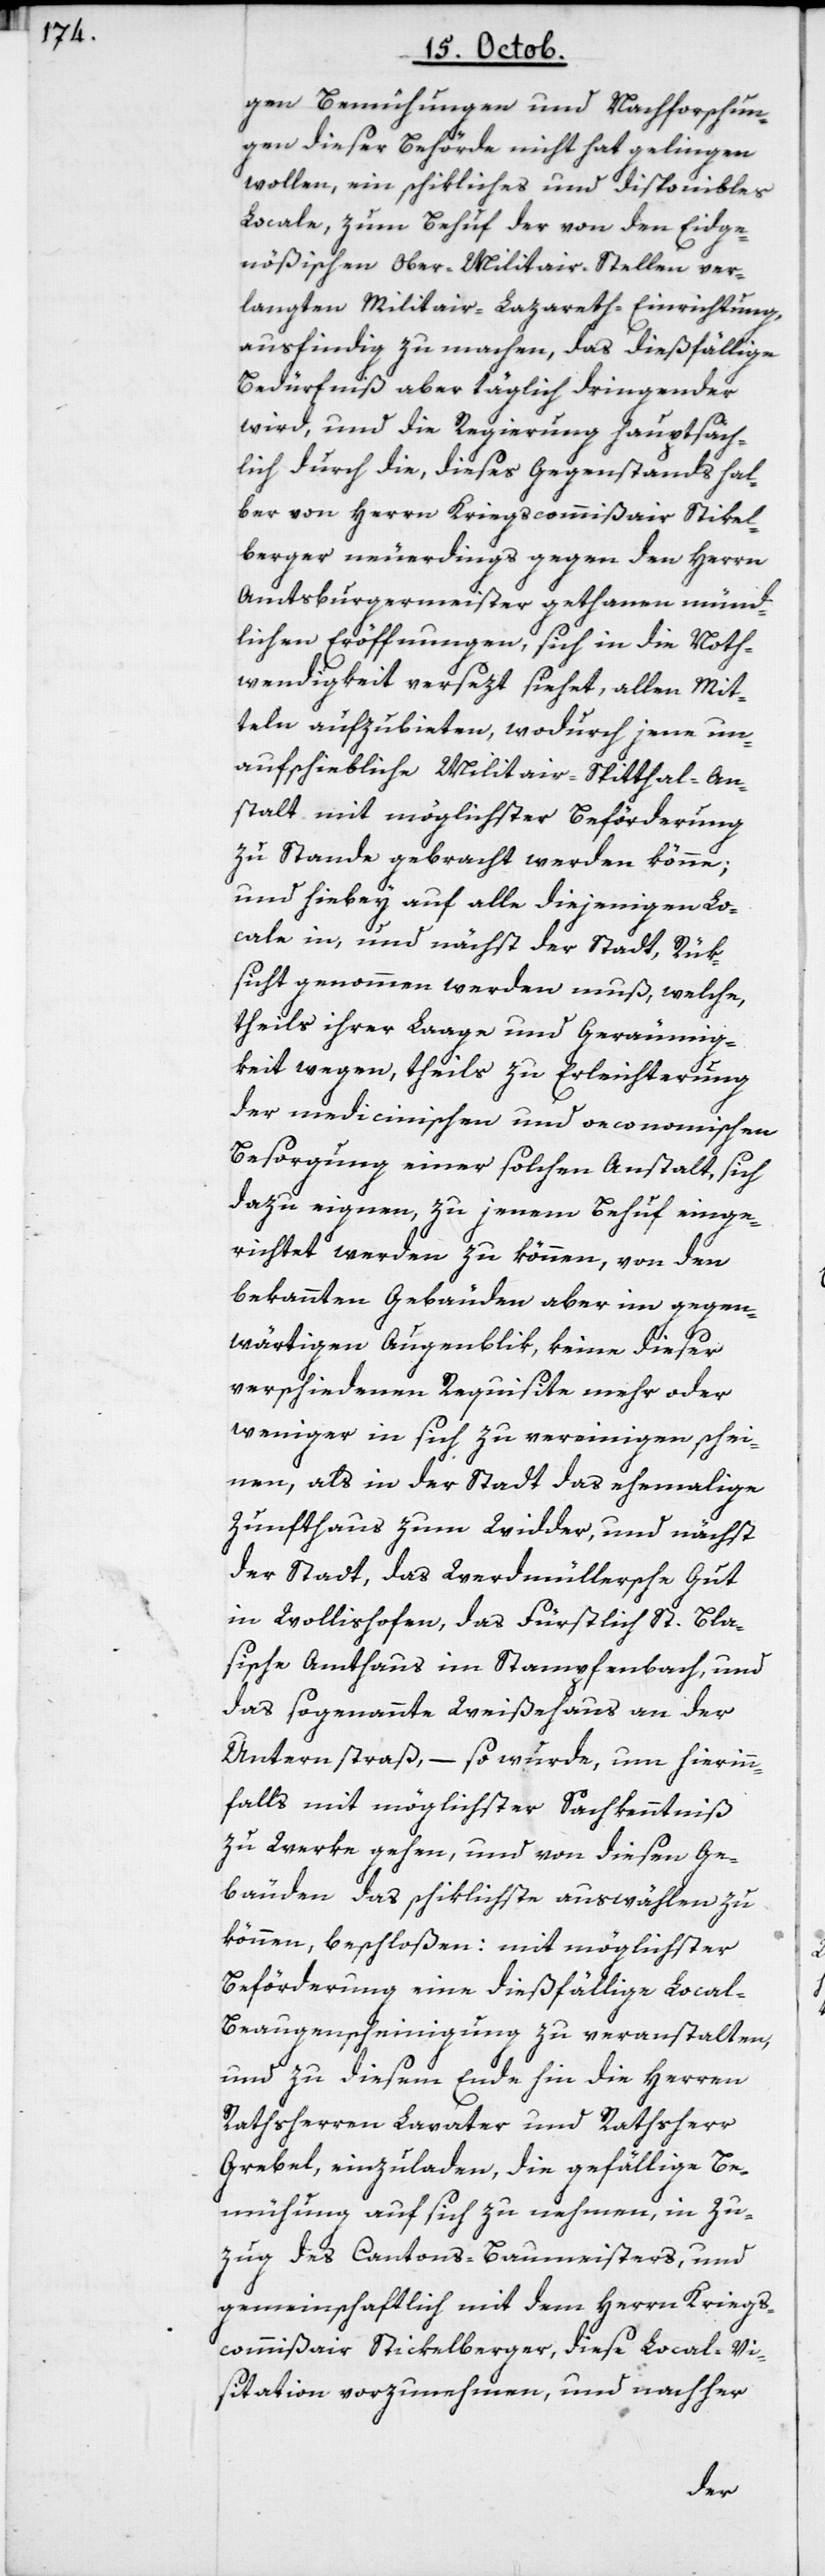
gen Bemühungen und Nachforschun¬
gen dieser Behörde nicht hat gelingen
wollen, ein schikliches und disponibles
Locale, zum Behuf der von den Eidge¬
nößischen Ober-Militair-Stellen ver¬
langten Militair-Lazareth-Einrichtung,
ausfindig zu machen, das dießfällige
Bedürfniß aber täglich dringender
wird, und die Regierung hauptsäch¬
lich durch die, dieses Gegenstands hal¬
ber von Herrn Kriegscommißair Stikel¬
berger neuerdings gegen den Herrn
Amtsburgermeister gethanen münd¬
lichen Eröffnungen, sich in die Noth¬
wendigkeit versetzt siehet, allen Mit¬
teln aufzubieten, wodurch jene un¬
aufschiebliche Militair-Spitthal-An¬
stalt mit möglichster Beförderung
zustande gebracht werden könne;
und hiebey auf alle diejenigen Lo¬
cale in und nächst der Stadt, Rük¬
sicht genommen werden muß, welche
theils ihrer Laage und Geräumig¬
keit wegen, theils zu Erleichterung
der medicinischen und oeconomischen
Besorgung einer solchen Anstalt, sich
dazu eignen, zu jenem Behuf einge¬
richtet werden zu können, von den
bekannten Gebäuden aber im gegen¬
wärtigen Augenblik keine dieser
verschiedenen Requisite mehr oder
weniger in sich zu vereinigen schei¬
nen, als in der Stadt das ehemahlige
Zunfthaus zum Widder, und nächst
der Stadt, das Werdmüllersche Gut
in Wollishofen, das Fürstlich St. Bla¬
sische-Amthaus im Stampfenbach, und
das sogenannte Weißehaus an der
Unternstraß, – so wurde, um hierinn¬
falls mit möglichster Sachkenntniß
zu Werke gehen, und von diesen Ge¬
bäuden das schicklichste auswählen zu
können, beschloßen: mit möglichster
Beförderung eine dießfällige Local-B¬
eaugenscheinigung zu veranstalten,
und zu diesem Ende hin die Herren
Rathsherren Lavater und Rathsherr
Grebel einzuladen, die gefällige Be¬
mühung auf sich zu nehmen, in Zu¬
zug des Cantons-Baumeisters und
gemeinschaftlich mit dem Herrn Kriegs¬
commißair Stickelberger, diese Local-Vi¬
sitation vorzunehmen, und nachher